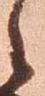
郎